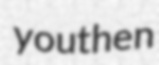
youthen